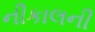
નીકાલની